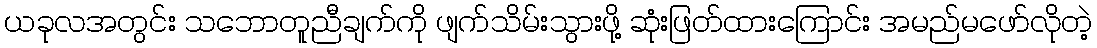
ယခုလအတွင်း သဘောတူညီချက်ကို ဖျက်သိမ်းသွားဖို့ ဆုံးဖြတ်ထားကြောင်း အမည်မဖော်လိုတဲ့